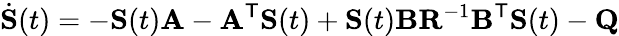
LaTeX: {\dot{\mathbf{S}}}(t)=-\mathbf{S}(t)\mathbf{A}-\mathbf{A}^{\mathsf{T}}\mathbf{S}(t)+\mathbf{S}(t)\mathbf{B}\mathbf{R}^{-1}\mathbf{B}^{\mathsf{T}}\mathbf{S}(t)-\mathbf{Q}